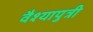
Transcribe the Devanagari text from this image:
वैश्यापुत्री